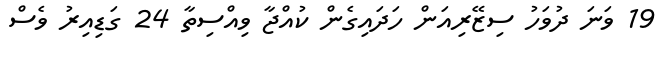
19 ވަނަ ދުވަހު ސިޒޭރިއަން ހަދައިގެން ކުއްޖާ ވިއްސިތާ 24 ގަޑިއިރު ވެސް